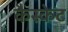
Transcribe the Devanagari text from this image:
कैस्केट